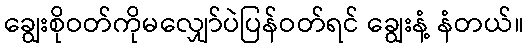
ချွေးစိုဝတ်ကိုမလျှော်ပဲပြန်ဝတ်ရင် ချွေးနံ့ နံတယ်။